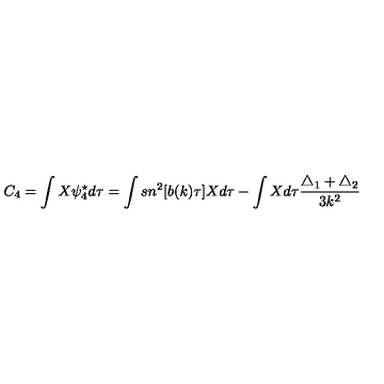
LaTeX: C _ { 4 } = \int X \psi _ { 4 } ^ { \star } d \tau = \int s n ^ { 2 } [ b ( k ) \tau ] X d \tau - \int X d \tau \frac { \triangle _ { 1 } + \triangle _ { 2 } } { 3 k ^ { 2 } }